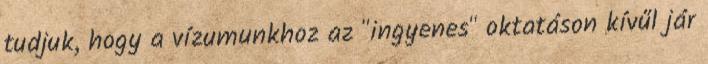
tudjuk, hogy a vízumunkhoz az "ingyenes" oktatáson kívűl jár